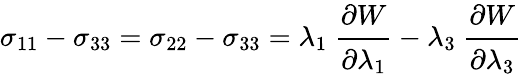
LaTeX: \sigma_{11}-\sigma_{33}=\sigma_{22}-\sigma_{33}=\lambda_{1}~{\cfrac{\partial W}{\partial\lambda_{1}}}-\lambda_{3}~{\cfrac{\partial W}{\partial\lambda_{3}}}